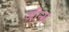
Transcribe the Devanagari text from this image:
जींन्स